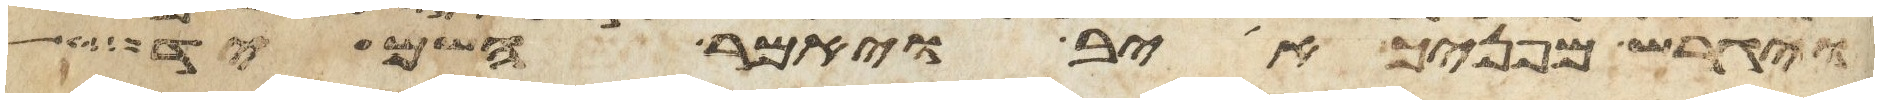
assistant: ויגרש מפניך אויב ויאמר השמיד